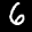
Label: 6